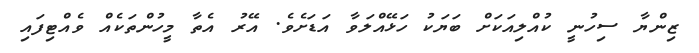
ޒިންޔާ ސިހުނީ ކުއްލިއަކަށް ބަޔަކު ހަޅޭއްލަވާ އަޑަށެވެ. އޭރު އެތާ މީހުންތަކެއް ވެއްޓިފައި